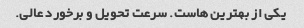
یکی از بهترین هاست. سرعت تحویل و برخورد عالی.